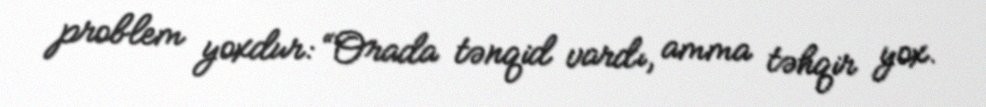
problem yoxdur: “Orada tənqid vardı, amma təhqir yox.